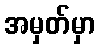
အမှတ်မှာ